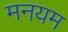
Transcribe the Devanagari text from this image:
मनयम